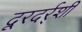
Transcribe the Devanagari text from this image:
दूरदर्र्शी